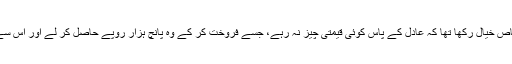
اِس بار اُنھوں نے اِس بات کا بھی خاص خیال رکھا تھا کہ عادل کے پاس کوئی قیمتی چیز نہ رہے، جسے فروخت کر کے وہ پانچ ہزار روپے حاصل کر لے اور اُس سے اپنی من چاہی مراد حاصل کر لے۔